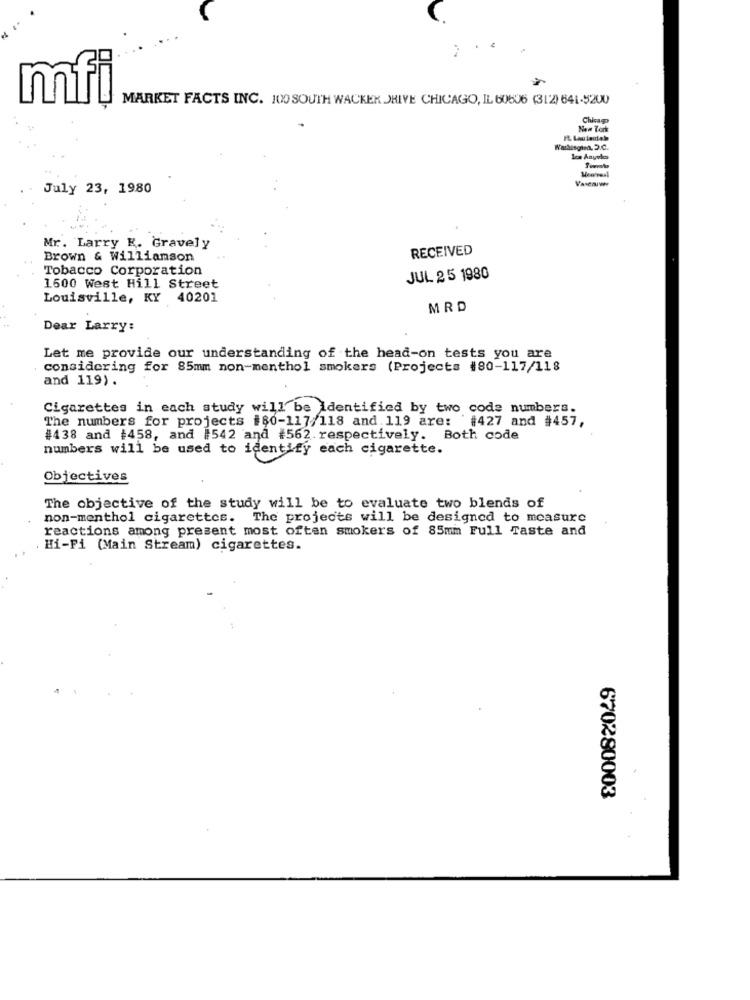
mfi
MARKET FACTS INC. 100 SOUTH WACKER JHIVE CHICAGO, IL 60606 (312) 641-5200
Chicago
Nom Tork
Washington, D.C.
los Angeles
July 23, 1980
Mr. Larry K. Gravely
RECEIVED
Brown & Williamson
Tobacco Corporation
JUL 2 5 1980
1600 West Hill Street
Louisville, KY 40201
MRD
Dear Larry:
Let me provide our understanding of the head-on tests you are
considering for 85mm non-menthol smokers (Projects #80-117/118
and 119).
Cigarettes in each study will be Identified by two code numbers.
The numbers for projects #80-117/118 and.119 are: '#427 and #457,
#438 and #458, and #542 and #562. respectively. Both code
numbers will be used to identify each cigarette.
Objectives
The objective of the study will be to evaluate two blends of
non-menthol cigarettes. The projects will be designed to measure
reactions among present most often smokers of 85mm Full Taste and
. Hi-Fi (Main Stream) cigarettes.
670280003